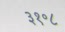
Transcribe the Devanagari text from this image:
३१॰८